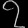
Digit: ၇